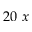
2 0 ~ x